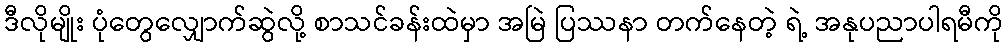
ဒီလိုမျိုး ပုံတွေလျှောက်ဆွဲလို့ စာသင်ခန်းထဲမှာ အမြဲ ပြဿနာ တက်နေတဲ့ ရဲ့ အနုပညာပါရမီကို